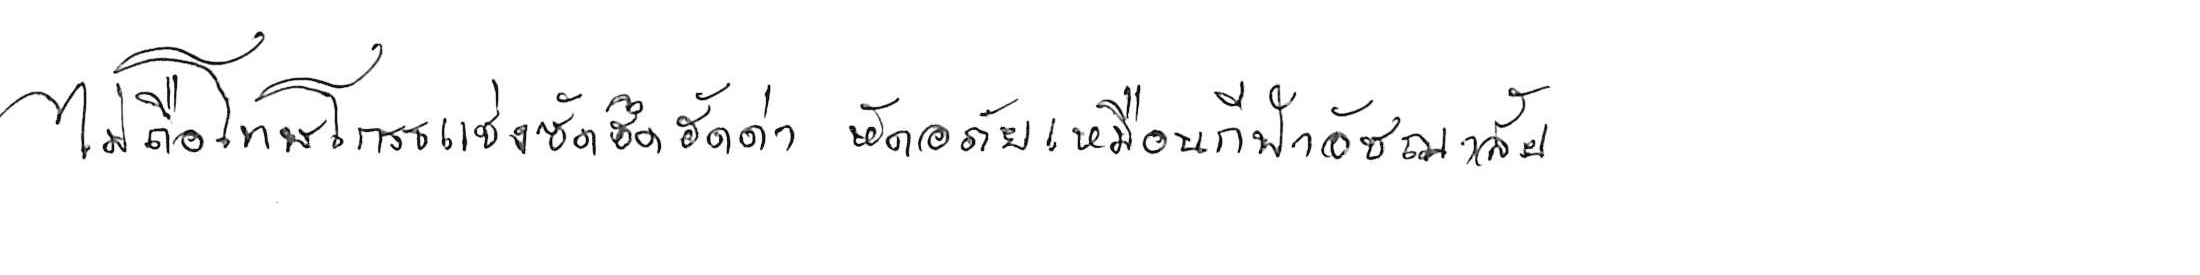
ไม่ถือโทษโกรธแช่งซัดฮึดฮัดด่า หัดอภัยเหมือนกีฬาอัชฌาสัย